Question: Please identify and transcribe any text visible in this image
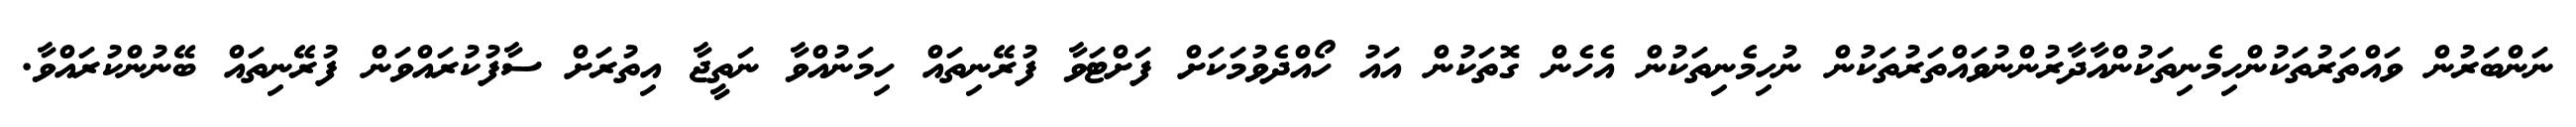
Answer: ނަންބަރުން ވައްތަރުތަކުންހިމެނިތަކުންއާދާރުންނުވައްތަރުތަކުން ނުހިމެނިތަކުން އެހެން ގޮތަކުން އައު ހޯއްދެވުމަކަށް ފަށްޓަވާ ފުރޭނިތައް ހިމަނުއްވާ ނަތީޖާ އިތުރަށް ސާފުކުރައްވަން ފުރޭނިތައް ބޭނުންކުރައްވާ.